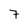
Character: 7